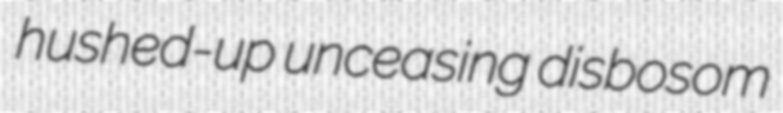
hushed-up unceasing disbosom